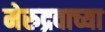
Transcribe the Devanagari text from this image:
मेरुद्रवाच्या